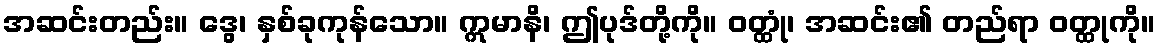
အဆင်းတည်း။ ဒွေ၊ နှစ်ခုကုန်သော။ ဣမာနိ၊ ဤပုဒ်တို့ကို။ ဝတ္ထုံ၊ အဆင်း၏ တည်ရာ ဝတ္ထုကို။